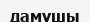
дамушы